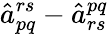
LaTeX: \hat{a}_{pq}^{rs}-\hat{a}_{rs}^{pq}